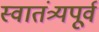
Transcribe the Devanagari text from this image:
स्वातंत्र्यपूूर्व